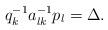
LaTeX: \begin{align*}q_{k}^{-1}a_{lk}^{-1}p_{l}=\Delta.\end{align*}